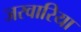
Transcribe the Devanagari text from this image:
जरवारिया